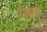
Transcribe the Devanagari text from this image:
रोबोचे